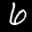
Label: 6